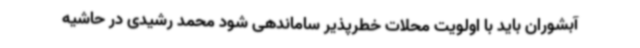
آبشوران باید با اولویت محلات خطرپذیر ساماندهی شود محمد رشیدی در حاشیه